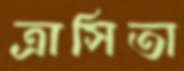
ত্রাসিতা